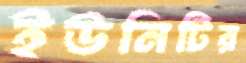
ইউনিটির